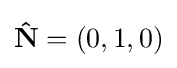
\mathbf {\hat {N}} =(0,1,0)